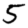
Digit: 5